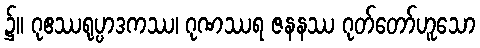
၌။ ဂုဧဿရုပ္ပာဒကဿ၊ ဂုဏဿရ ဇနနဿ ဂုတ်တော်ဟူသော